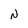
Character: N